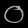
Digit: ၀